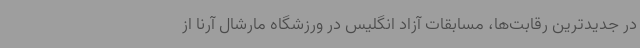
در جدیدترین رقابت‌ها، مسابقات آزاد انگلیس در ورزشگاه مارشال آرنا از